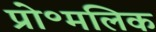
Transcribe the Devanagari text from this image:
प्रो॰मलिक